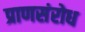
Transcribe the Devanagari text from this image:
प्राणसंरोध